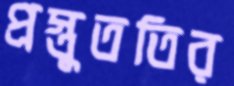
প্রস্তুততির